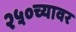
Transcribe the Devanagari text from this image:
२५०च्यावर